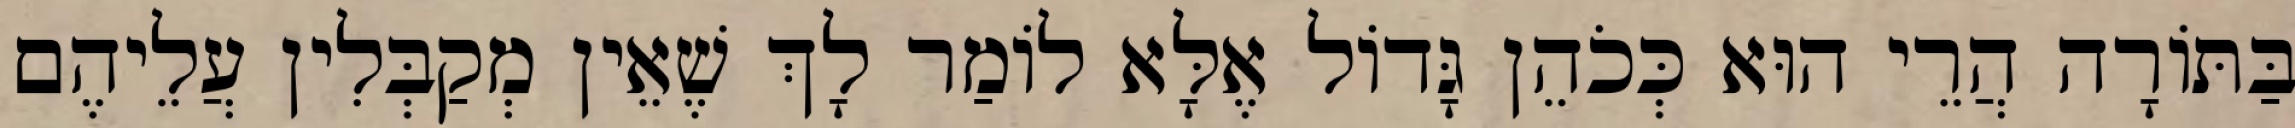
בַּתּוֹרָה הֲרֵי הוּא כְּכֹהֵן גָּדוֹל אֶלָּא לוֹמַר לָךְ שֶׁאֵין מְקַבְּלִין עֲלֵיהֶם